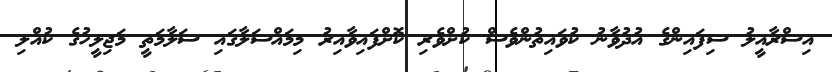
އިސްރާއީލު ސިފައިންގެ އުދުވާނު ކުވައިތުންވެސް ކުށްވެރި ކޮށްފައިވާއިރު މިމައްސަލާގައި ސަލާމަތީ މަޖިލީހުގެ ކުއްލި